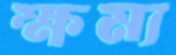
ক্ষম্য